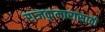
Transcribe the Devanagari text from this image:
राजकुमारासाठी